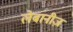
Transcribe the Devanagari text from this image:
लेबानीज़